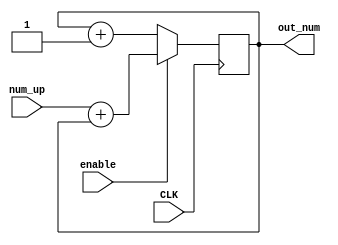
module  prog_cout (input CLK ,input enable ,input [4:0] num_up ,output reg  [4:0] out_num);
   initial 
   out_num = 5'd0;
  always @ (posedge CLK) begin
    if (enable)
        out_num = num_up + out_num;

    else //(enable == 1'b1) 
        out_num = out_num + 1'b1;
end
endmodule



module tb();

    reg [4:0] comman;
    reg en, clk;
    wire [4:0] count ;



    prog_cout s1(clk,en,comman, count);


    initial begin
    comman = 5'd25; 
    en = 1'b0;   
    //count= 5'd0;
        $display(" clk  |  enable  |  num up  |  out num ");
        $monitor("%b  %b  %d %d  ",clk,en, comman,count);
        
        #1 clk = 1'b0; 
        #1 clk = 1'b1; 
        #1 clk = 1'b0; 
        #1 clk = 1'b1; 
        #1 clk = 1'b0; 
        #1 clk = 1'b1; 
        #1 clk = 1'b0; 
        #1 clk = 1'b1; 
       
        
 
        #1 en = 1'b1;
        #1 clk = 1'b0; 
        #1 clk = 1'b1; 
        #1 en = 1'b0;  

        
        #1 clk = 1'b0; 
        #1 clk = 1'b1;    
        #1 clk = 1'b0; 
        #1 clk = 1'b1; 
        #1 clk = 1'b0; 
        #1 clk = 1'b1;  
    end
endmodule